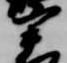
宰